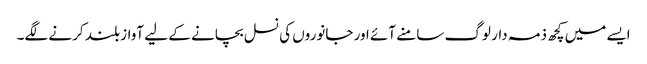
ایسے میں کچھ ذمہ دار لوگ سامنے آئے اور جانوروں کی نسل بچانے کے لیے آواز بلند کرنے لگے۔